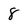
Character: 8